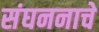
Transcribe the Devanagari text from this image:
संघननाचे